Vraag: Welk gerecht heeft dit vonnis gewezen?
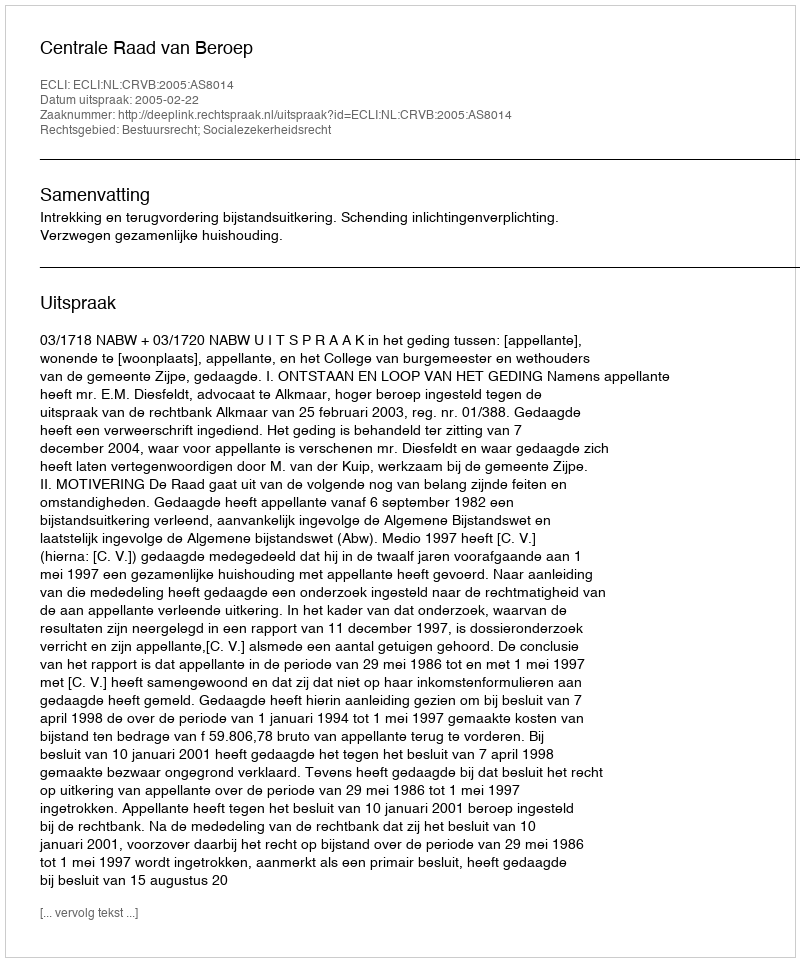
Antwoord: Centrale Raad van Beroep